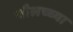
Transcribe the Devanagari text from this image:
चौलच्च्या